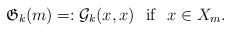
LaTeX: \begin{align*} \mathfrak{G}_k(m)=:\mathcal{G}_k(x,x)\,\,\,\,\mathrm{if}\,\,\,\,x\in X_m.\end{align*}